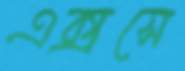
এক্সসে